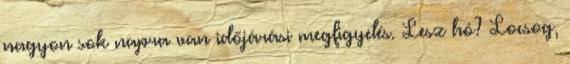
nagyon sok napra van időjárási megfigyelés. Lesz hó? Locsog,